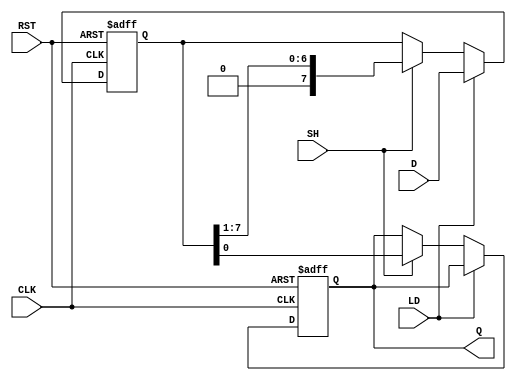
module PISO_Register #(
    parameter N = 8  // Number of bits in the register
)(
    input  wire [N-1:0] D,   // Data Input
    input  wire LD,          // Load signal
    input  wire SH,          // Shift signal
    input  wire CLK,         // Clock signal
    input  wire RST,         // Reset signal
    output reg  Q            // Serial Output
);

    // Internal register to hold the data
    reg [N-1:0] register;

    always @(posedge CLK or posedge RST) begin
        if (RST) begin
            // Asynchronous reset
            register <= {N{1'b0}};
            Q <= 1'b0;
        end else begin
            if (LD) begin
                // Load data into the register
                register <= D;
            end else if (SH) begin
                // Shift operation
                Q <= register[0];                  // Output LSB
                register <= {1'b0, register[N-1:1]}; // Shift right
            end
        end
    end

endmodule